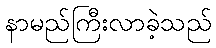
နာမည်ကြီးလာခဲ့သည်